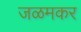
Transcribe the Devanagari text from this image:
जळमकर